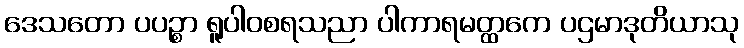
ဒေသတော ပပဉ္စာ ရူပါဝစရသညာ ပါကာရမတ္ထကေ ပဌမာဒုတိယာသု